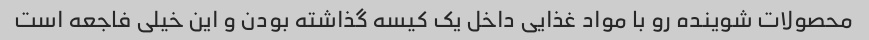
محصولات شوینده رو با مواد غذایی داخل یک کیسه گذاشته بودن و این خیلی فاجعه است